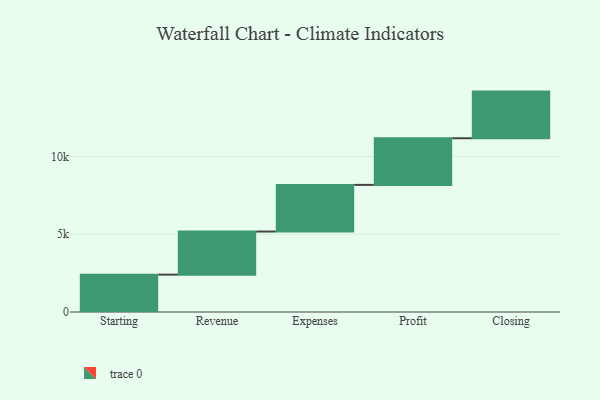
{"axis": {"x": "Step", "y": "Value"}, "legend": [""], "data": [{"x": "Starting", "y": 2403.0, "type": ""}, {"x": "Revenue", "y": 2772.0, "type": ""}, {"x": "Expenses", "y": 3000, "type": ""}, {"x": "Profit", "y": 3000, "type": ""}, {"x": "Closing", "y": 3000, "type": ""}]}